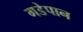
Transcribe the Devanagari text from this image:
गडेपान